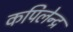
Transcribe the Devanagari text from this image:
कपिलेन्द्र